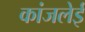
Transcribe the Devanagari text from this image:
कांजलेई